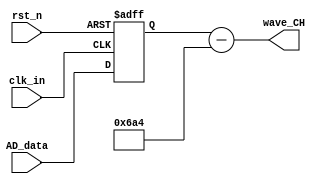
module AD6645
(
	input 		clk_in,
	input 		rst_n,
	input  [13:0] 	AD_data,
	output [13:0] 	wave_CH
);
reg [13:0] 	wave_CH_buf;
always@(posedge clk_in or negedge rst_n)
begin
	if(!rst_n)
		wave_CH_buf <= 14'd0;
	else
		wave_CH_buf <= AD_data;
end
assign wave_CH = wave_CH_buf - 14'd1700;
endmodule